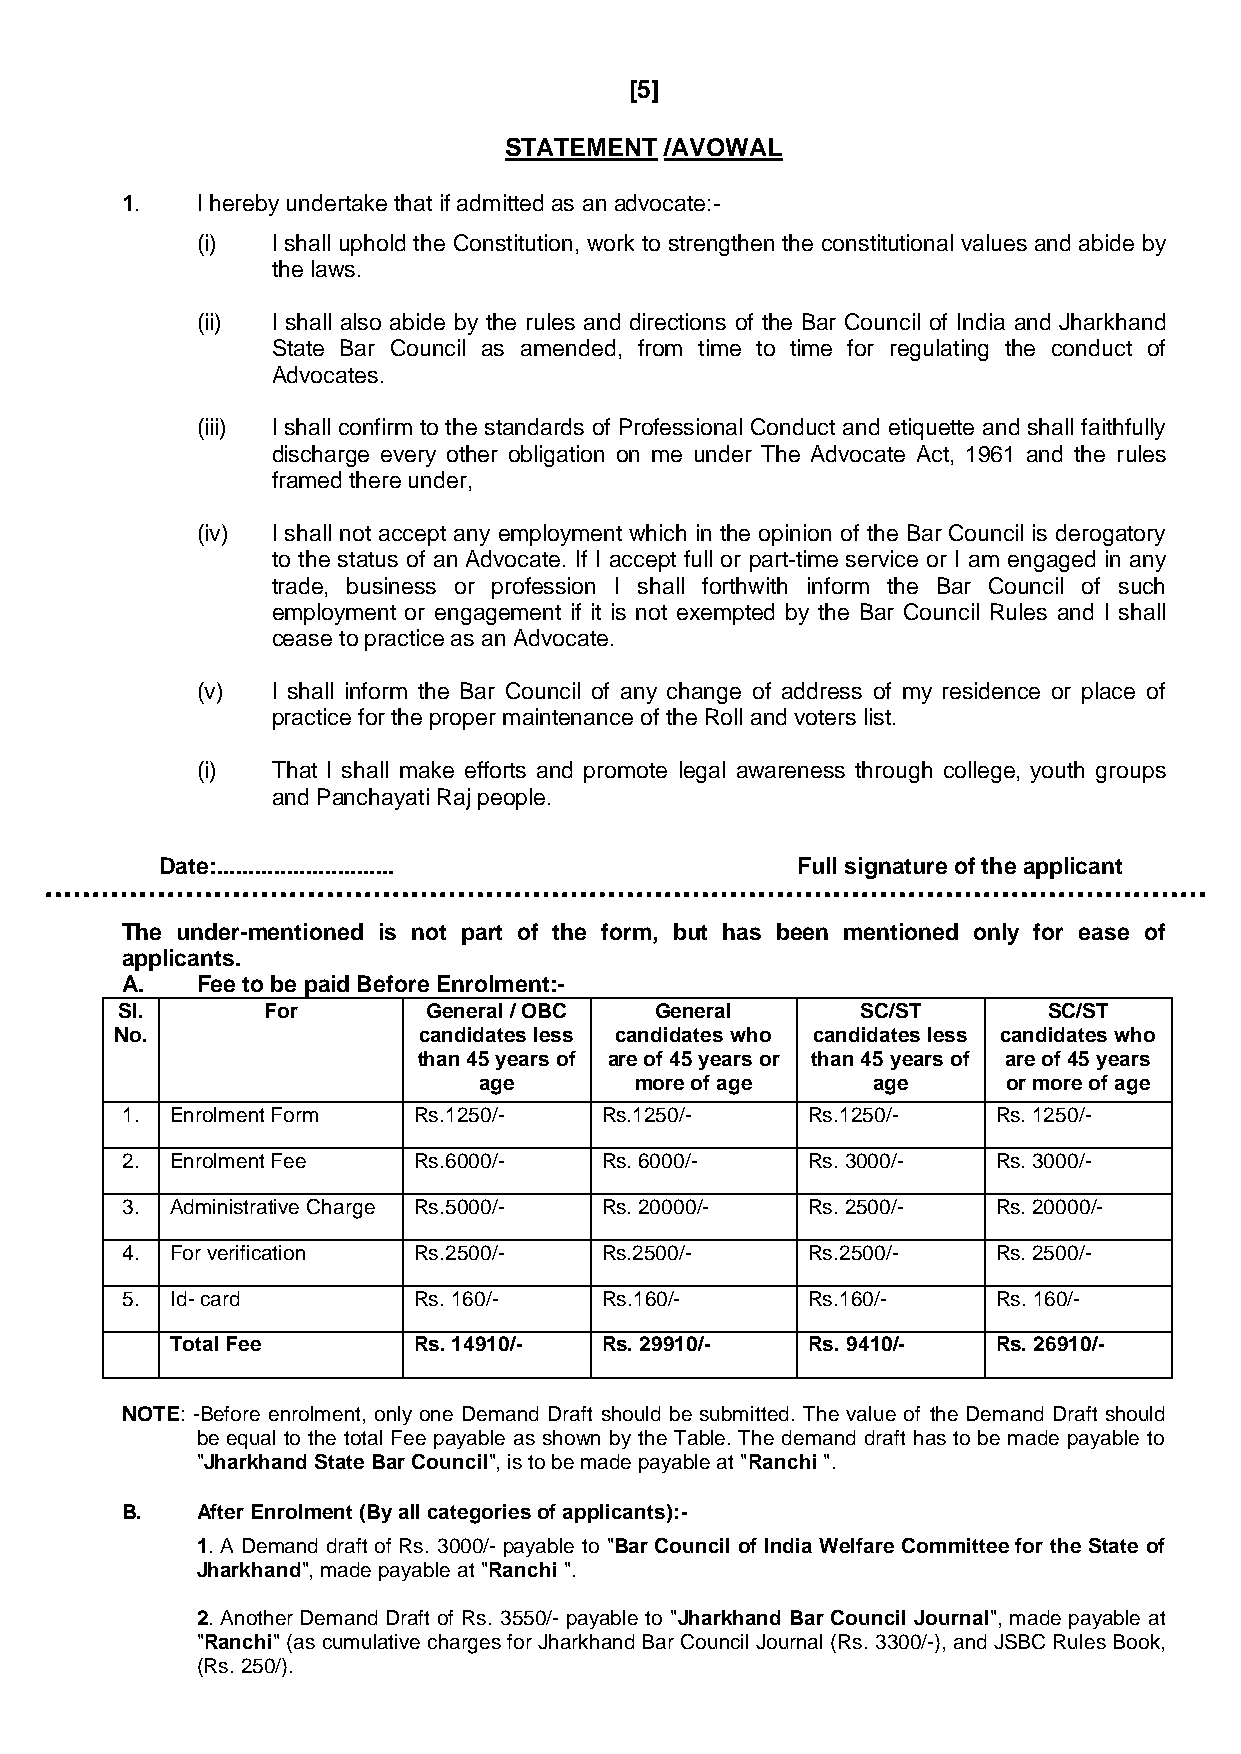
[5]
 STATEMENT  /AVOWAL
 1.   I hereby undertake that if admitted as an advocate:-
 (i)  I shall uphold the Constitution, work to strengthen the constitutional values and abide by
 the laws.
 (ii) I shall also abide by the rules and directions of the Bar Council of India and Jharkhand
 State Bar Council as amended, from time to time for regulating the conduct of
 Advocates.
 (iii) I shall confirm to the standards of Professional Conduct and etiquette and shall faithfully
 discharge every other obligation on me under The Advocate Act, 1961 and the rules
 framed there under,
 (iv) I shall not accept any employment which in the opinion of the Bar Council is derogatory
 to the status of an Advocate. If I accept full or part-time service or I am engaged in any
 trade, business or profession I shall forthwith inform the Bar Council of such
 employment or engagement if it is not exempted by the Bar Council Rules and I shall
 cease to practice as an Advocate.
 (v)  I shall inform the Bar Council of any change of address of my residence or place of
 practice for the proper maintenance of the Roll and voters list.
 (i)  That I shall make efforts and promote legal awareness through college, youth groups
 and Panchayati Raj people.
 Date:............................         Full signature of the applicant
 The under-mentioned is not part of the form, but has been mentioned only for ease of
 applicants.
 A.   Fee to be paid Before Enrolment:-
 Sl.      For        General / OBC  General       SC/ST       SC/ST
 No.                 candidates less candidates who candidates less candidates who
 than 45 years of are of 45 years or than 45 years of are of 45 years
 age       more of age     age      or more of age
 1. Enrolment Form  Rs.1250/-    Rs.1250/-    Rs.1250/-    Rs. 1250/-
 2. Enrolment Fee   Rs.6000/-    Rs. 6000/-   Rs. 3000/-   Rs. 3000/-
 3. Administrative Charge Rs.5000/- Rs. 20000/- Rs. 2500/- Rs. 20000/-
 4. For verification Rs.2500/-   Rs.2500/-    Rs.2500/-    Rs. 2500/-
 5. Id- card        Rs. 160/-    Rs.160/-     Rs.160/-     Rs. 160/-
 Total Fee       Rs. 14910/-  Rs. 29910/-  Rs. 9410/-   Rs. 26910/-
 NOTE: -Before enrolment, only one Demand Draft should be submitted. The value of the Demand Draft should
 be equal to the total Fee payable as shown by the Table. The demand draft has to be made payable to
 "Jharkhand State Bar Council", is to be made payable at "Ranchi ".
 B.   After Enrolment (By all categories of applicants):-
 1. A Demand draft of Rs. 3000/- payable to "Bar Council of India Welfare Committee for the State of
 Jharkhand", made payable at "Ranchi ".
 2. Another Demand Draft of Rs. 3550/- payable to "Jharkhand Bar Council Journal", made payable at
 "Ranchi" (as cumulative charges for Jharkhand Bar Council Journal (Rs. 3300/-), and JSBC Rules Book,
 (Rs. 250/).